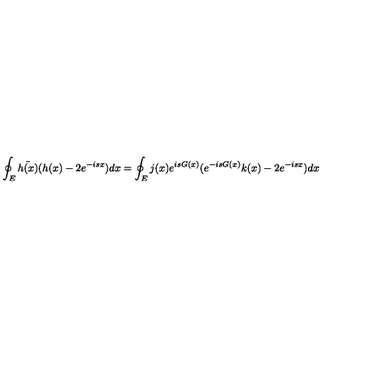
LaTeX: \oint _ { E } \bar { h ( x ) } ( h ( x ) - 2 e ^ { - i s x } ) d x = \oint _ { E } j ( x ) e ^ { i s G ( x ) } ( e ^ { - i s G ( x ) } k ( x ) - 2 e ^ { - i s x } ) d x